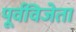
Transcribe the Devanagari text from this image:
पूर्वविजेता